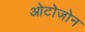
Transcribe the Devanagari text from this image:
ओटोजोन